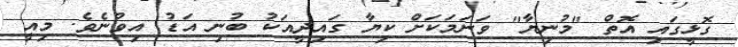
ގޮޅީގައި އޮތް "މުނިޔާ" ވަނަމަކަށް ކިޔާ ގައިދީއަކު ބުނި އަޑު އިވުނެވެ. މިއީ